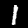
Label: 1